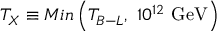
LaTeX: T _ { X } \equiv M i n \left( T _ { B - L } \mathrm { , ~ } 1 0 ^ { 1 2 } \mathrm { ~ G e V } \right)